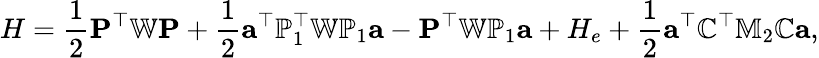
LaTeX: H=\frac{1}{2}{\mathbf P}^{\top}\mathbb{W}{\mathbf P}+\frac{1}{2}{\mathbf a}^{\top}{\mathbb P}_{1}^{\top}\mathbb{W}{\mathbb P}_{1}{\mathbf a}-{\mathbf P}^{\top}\mathbb{W}\mathbb{P}_{1}{\mathbf a}+H_{e}+\frac{1}{2}{\mathbf a}^{\top}{\mathbb C}^{\top}\mathbb{M}_{2}{\mathbb C}{\mathbf a},